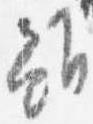
雖